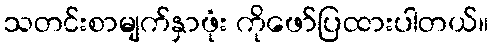
သတင်းစာမျက်နှာဖုံး ကိုဖော်ပြထားပါတယ်။